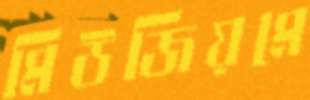
মিউজিয়মে